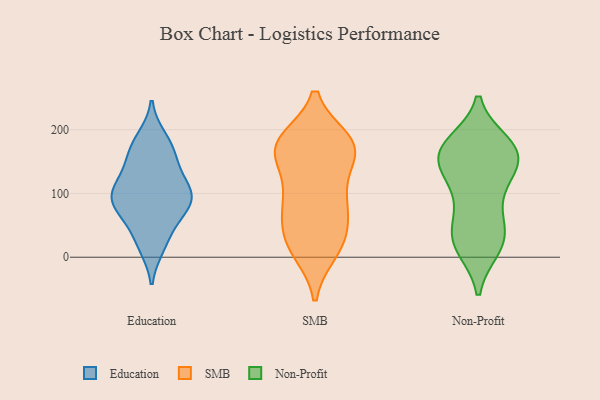
{"axis": {"x": "Bounce Rate (%)", "y": "Value"}, "legend": ["Education", "Non-Profit", "SMB"], "data": [{"x": "", "y": 116, "type": "Education"}, {"x": "", "y": 186, "type": "Education"}, {"x": "", "y": 133, "type": "Education"}, {"x": "", "y": 97, "type": "Education"}, {"x": "", "y": 179, "type": "Education"}, {"x": "", "y": 88, "type": "Education"}, {"x": "", "y": 89, "type": "Education"}, {"x": "", "y": 19, "type": "Education"}, {"x": "", "y": 79, "type": "Education"}, {"x": "", "y": 102, "type": "Education"}, {"x": "", "y": 172, "type": "Education"}, {"x": "", "y": 39, "type": "Education"}, {"x": "", "y": 68, "type": "Education"}, {"x": "", "y": 99, "type": "Education"}, {"x": "", "y": 17, "type": "Education"}, {"x": "", "y": 152, "type": "Education"}, {"x": "", "y": 68, "type": "Education"}, {"x": "", "y": 151, "type": "Education"}, {"x": "", "y": 102, "type": "Education"}, {"x": "", "y": 178, "type": "SMB"}, {"x": "", "y": 168, "type": "SMB"}, {"x": "", "y": 10, "type": "SMB"}, {"x": "", "y": 101, "type": "SMB"}, {"x": "", "y": 182, "type": "SMB"}, {"x": "", "y": 83, "type": "SMB"}, {"x": "", "y": 45, "type": "SMB"}, {"x": "", "y": 71, "type": "SMB"}, {"x": "", "y": 181, "type": "SMB"}, {"x": "", "y": 21, "type": "SMB"}, {"x": "", "y": 163, "type": "SMB"}, {"x": "", "y": 163, "type": "SMB"}, {"x": "", "y": 79, "type": "SMB"}, {"x": "", "y": 107, "type": "SMB"}, {"x": "", "y": 28, "type": "SMB"}, {"x": "", "y": 172, "type": "SMB"}, {"x": "", "y": 14, "type": "SMB"}, {"x": "", "y": 171, "type": "SMB"}, {"x": "", "y": 173, "type": "Non-Profit"}, {"x": "", "y": 49, "type": "Non-Profit"}, {"x": "", "y": 170, "type": "Non-Profit"}, {"x": "", "y": 111, "type": "Non-Profit"}, {"x": "", "y": 167, "type": "Non-Profit"}, {"x": "", "y": 43, "type": "Non-Profit"}, {"x": "", "y": 35, "type": "Non-Profit"}, {"x": "", "y": 136, "type": "Non-Profit"}, {"x": "", "y": 178, "type": "Non-Profit"}, {"x": "", "y": 19, "type": "Non-Profit"}, {"x": "", "y": 168, "type": "Non-Profit"}, {"x": "", "y": 15, "type": "Non-Profit"}, {"x": "", "y": 157, "type": "Non-Profit"}, {"x": "", "y": 117, "type": "Non-Profit"}, {"x": "", "y": 80, "type": "Non-Profit"}, {"x": "", "y": 17, "type": "Non-Profit"}, {"x": "", "y": 142, "type": "Non-Profit"}, {"x": "", "y": 161, "type": "Non-Profit"}]}